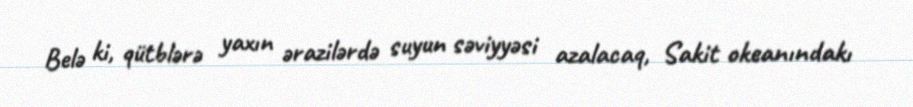
Belə ki, qütblərə yaxın ərazilərdə suyun səviyyəsi azalacaq, Sakit okeanındakı